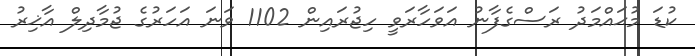
ކުޑަ މުޙައްމަދު ރަސްގެފާނު އަވަހާރަވީ ހިޖުރައިން 1102 ވަނަ އަހަރުގެ ޖުމާދިލް އާޚިރު